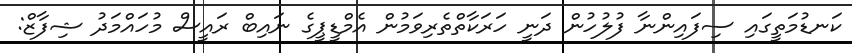
ކަނޑުމަތީގައި ސިފައިންނާ ފުލުހުން ދަނީ ހަރަކާތްތެރިވަމުން އެމްޑީޕީގެ ނައިބް ރައީސް މުހައްމަދު ޝިފާޒް: